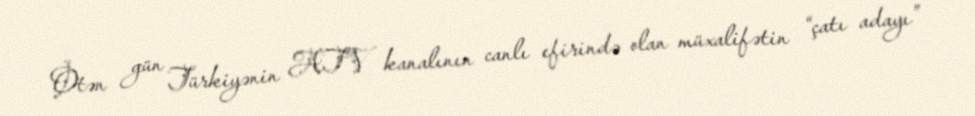
Ötən gün Türkiyənin ATV kanalının canlı efirində olan müxalifətin “çatı adayı”